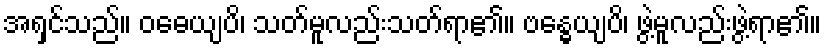
အရှင်သည်။ ဝဓေယျပိ၊ သတ်မူလည်းသတ်ရာ၏။ ဗန္ဓေယျပိ၊ ဖွဲ့မူလည်းဖွဲ့ရာ၏။